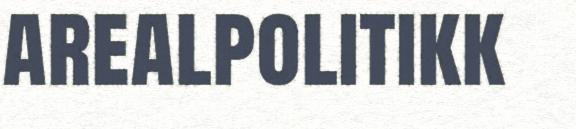
arealpolitikk